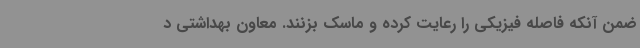
ضمن آنکه فاصله فیزیکی را رعایت کرده و ماسک بزنند. معاون بهداشتی د